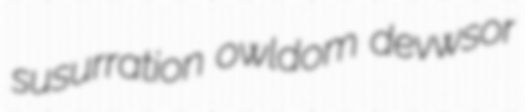
susurration owldom devwsor